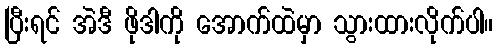
ပြီးရင် အဲဒီ ဖိုဒါကို အောက်ထဲမှာ သွားထားလိုက်ပါ။